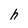
Character: h